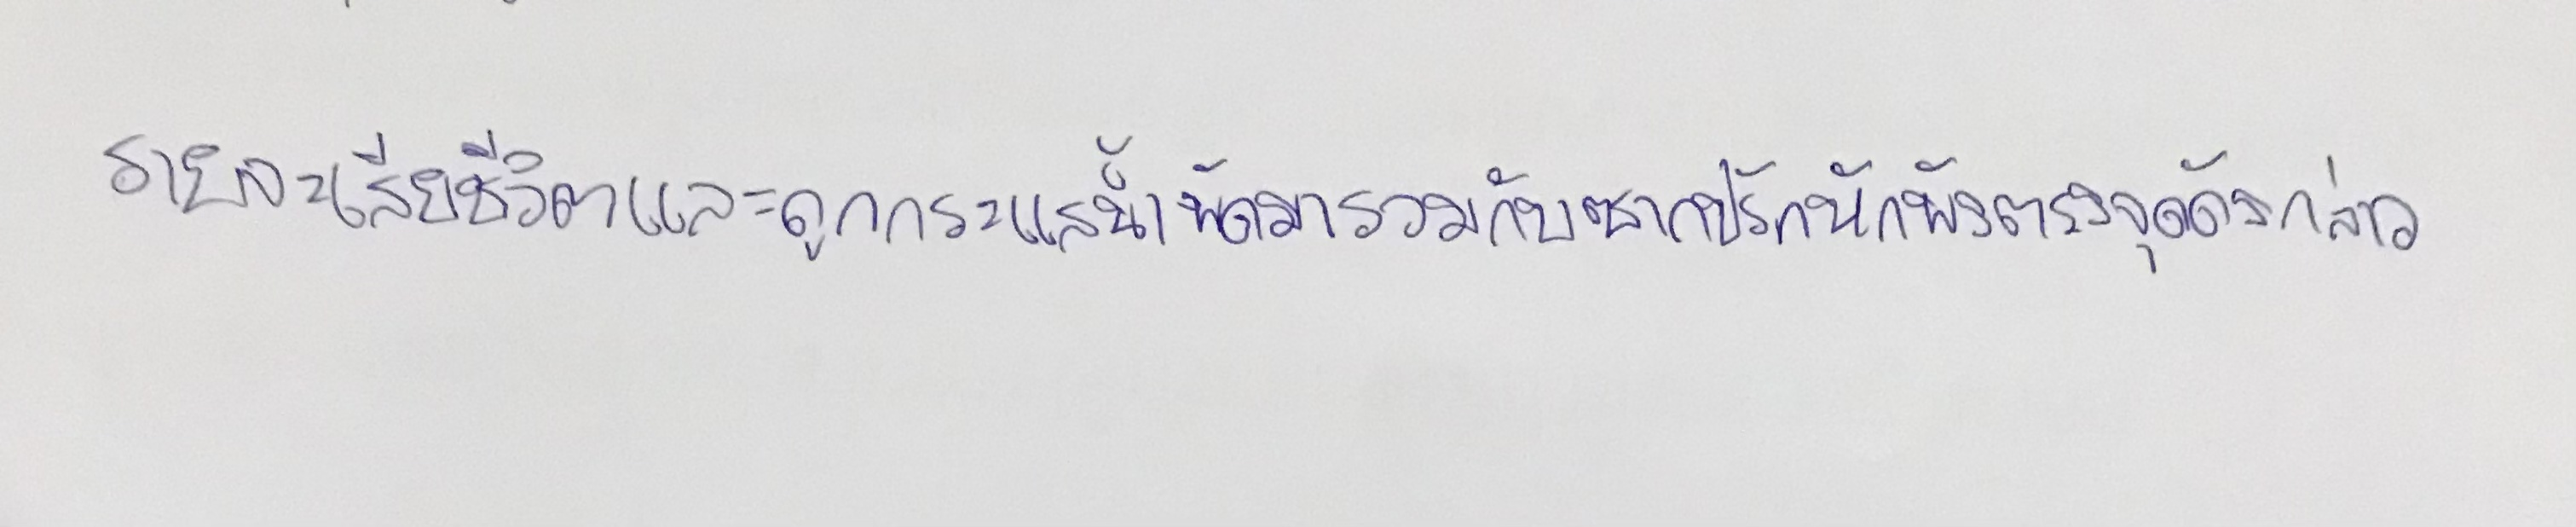
รายจะเสียชีวิตและถูกกระแสน้ำพัดมารวมกับซากปรักหักพังตรงจุดดังกล่าว